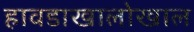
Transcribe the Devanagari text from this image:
हावडाखालोखाल